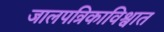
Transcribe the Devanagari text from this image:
जालपत्रिकाविश्वात